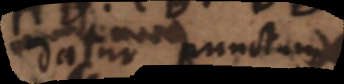
datur punctum